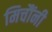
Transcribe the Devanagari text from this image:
मिचौंनी